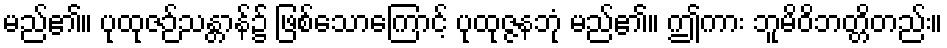
မည်၏။ ပုထုဇဉ်သန္တာန်၌ ဖြစ်သောကြောင့် ပုထုဇ္ဇနဘုံ မည်၏။ ဤကား ဘူမိဝိဘတ္တိတည်း။